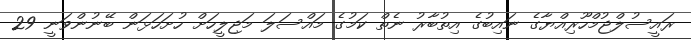
ރައީސުލްޖުމްހޫރިއްޔާގެ ނައިބުގެ އިތުބާރު ނެތް ކަމުގެ މައްސަލަ މަޖިލީހަށް ހުށަހަޅަން ބޭނުންވަނީ 29